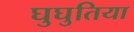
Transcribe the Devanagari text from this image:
घुघुतिया